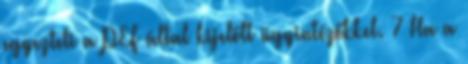
egyezteti a PEF által kijelölt ügyintézőkkel. 7 Ha a